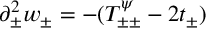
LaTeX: \partial _ { \pm } ^ { 2 } w _ { \pm } = - ( T _ { \pm \pm } ^ { \psi } - 2 t _ { \pm } )